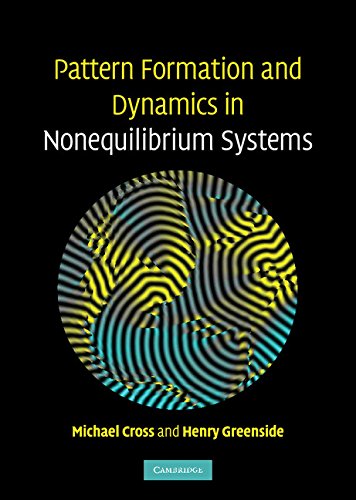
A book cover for Pattern Formation and Dynamics in Nonequilibrium Systems; Michael Cross; Science & Math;